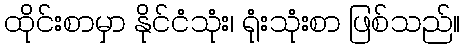
ထိုင်းစာမှာ နိုင်ငံသုံး၊ ရုံးသုံးစာ ဖြစ်သည်။